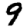
Digit: 9